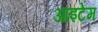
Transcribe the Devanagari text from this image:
आइटेम